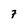
Character: 7